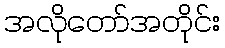
အလိုတော်အတိုင်း